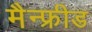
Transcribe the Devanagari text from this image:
मैन्फ्रीड